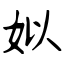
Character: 姒